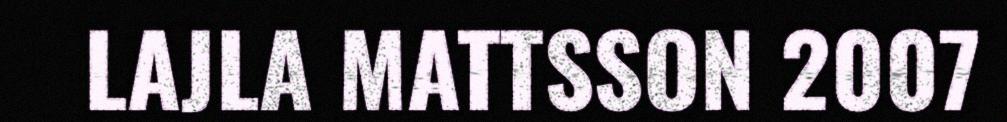
LAJLA MATTSSON 2007